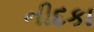
નીદકા